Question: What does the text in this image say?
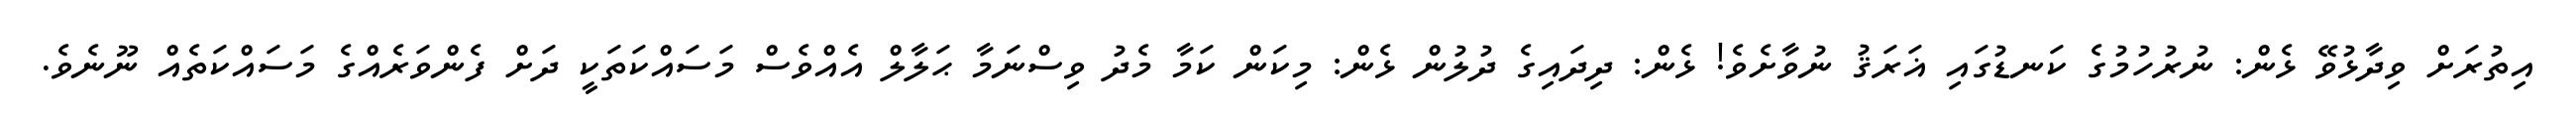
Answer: އިތުރަށް ވިދާޅުވޭ ޅެން: ނުރުހުމުގެ ކަނޑުގައި ޣަރަޤު ނުވާށެވެ! ޅެން: ދިދައިގެ ދުލުން ޅެން: މިކަން ކަމާ މެދު ވިސްނަމާ ޙަލާލް އެއްވެސް މަސައްކަތަކީ ދަށް ފެންވަރެއްގެ މަސައްކަތެއް ނޫނެވެ.